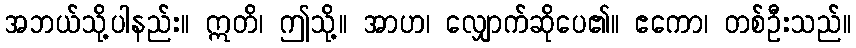
အဘယ်သို့ပါနည်း။ ဣတိ၊ ဤသို့။ အာဟ၊ လျှောက်ဆိုပေ၏။ ဧကော၊ တစ်ဦးသည်။